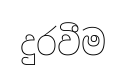
දුරවීම